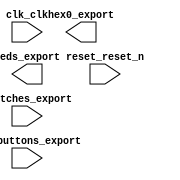

module nios_system (
	clk_clk,
	hex0_export,
	leds_export,
	pushbuttons_export,
	reset_reset_n,
	switches_export);	

	input		clk_clk;
	output	[6:0]	hex0_export;
	output	[7:0]	leds_export;
	input	[3:0]	pushbuttons_export;
	input		reset_reset_n;
	input	[7:0]	switches_export;
endmodule